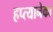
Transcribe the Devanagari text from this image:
हप्त्यानेका